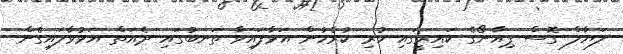
ލަޔާލް ގޮސް ޕިއާނޯގެ ކައިރީގައި ހުރި ކުރެހުން އަޅާފައިވާ ތަނބުގައި ދެއަތް އަޅުވާލައިގެން